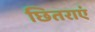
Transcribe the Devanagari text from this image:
छितराएं